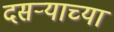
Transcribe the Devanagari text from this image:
दसऱ्‍याच्या